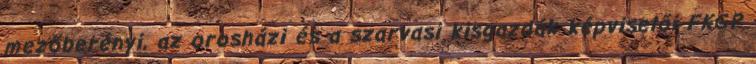
mezőberényi, az orosházi és a szarvasi kisgazdák képviselői FKGP